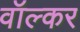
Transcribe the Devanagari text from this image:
वॉल्कर